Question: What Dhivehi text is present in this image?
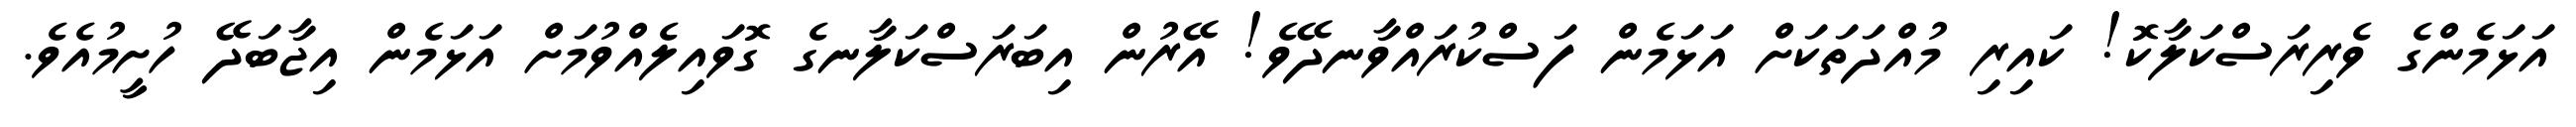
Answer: އަޅަމެންގެ ވެރިރަސްކަލާކޮ! ކައިރި މުއްދަތަކަށް އަޅަމެން ފަސްކުރައްވާނދޭވެ! އޭރުން އިބަރަސްކަލާނގެ ގޮވައިލެއްވުމަށް އަޅަމެން އިޖާބަދޭ ހުށީމުއެވެ.